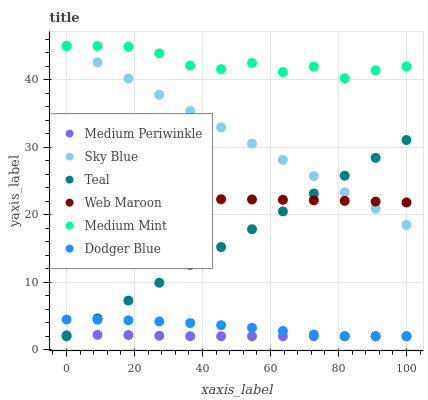
| xaxis_label | Medium Periwinkle | Sky Blue | Teal | Web Maroon | Medium Mint | Dodger Blue |
 | --- | --- | --- | --- | --- | --- | --- |
 | 0 | 2.17 | 45 | 2 | 22.2 | 45 | 4.47 |
 | 9.09 | 2.21 | 42.6 | 4.64 | 22.2 | 45 | 4.45 |
 | 18.2 | 2.18 | 40.2 | 7.29 | 22.3 | 44.9 | 4.36 |
 | 27.3 | 2.07 | 37.8 | 9.93 | 22.3 | 43.9 | 4.2 |
 | 36.4 | 2 | 35.4 | 12.6 | 22.3 | 42.1 | 3.96 |
 | 45.5 | 2 | 33 | 15.2 | 22.3 | 41.6 | 3.64 |
 | 54.5 | 2 | 30.5 | 17.9 | 22.3 | 42.5 | 3.25 |
 | 63.6 | 2 | 28.1 | 20.5 | 22.2 | 41.1 | 2.79 |
 | 72.7 | 2 | 25.7 | 23.1 | 22.1 | 41.9 | 2.25 |
 | 81.8 | 2 | 23.3 | 25.8 | 22.1 | 40.2 | 2 |
 | 90.9 | 2 | 20.9 | 28.4 | 22 | 41.4 | 2 |
 | 100 | 2 | 18.5 | 31.1 | 21.8 | 42 | 2 |